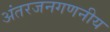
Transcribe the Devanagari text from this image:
अंतरजनगणनीय